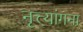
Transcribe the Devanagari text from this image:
नृत्त्यांगना